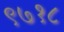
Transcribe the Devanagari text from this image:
९७१८